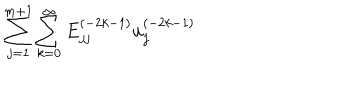
LaTeX: { \sum _ { j = 1 } ^ { m + 1 } \sum _ { k = 0 } ^ { \infty } E _ { j j } ^ { ( - 2 k - 1 ) } u _ { j } ^ { ( - 2 k - 1 ) } }